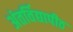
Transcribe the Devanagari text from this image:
अंतर्विद्यापीठ